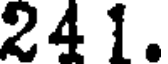
24 1.